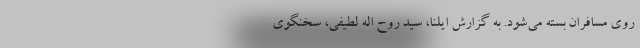
روی مسافران بسته می‌شود. به گزارش ایلنا، سید روح اله لطیفی، سخنگوی